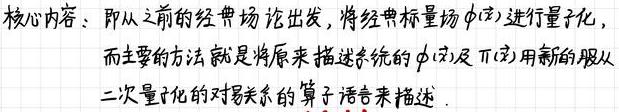
核心内容：即从之前的经典场论出发，将经典标量场$\phi(\vec{x})$进行量子化，而主要的方法就是将原来描述系统的$\phi(\vec{x})$及$\pi(\vec{x})$用新的服从二次量子化的对易关系的算子语言来描述.